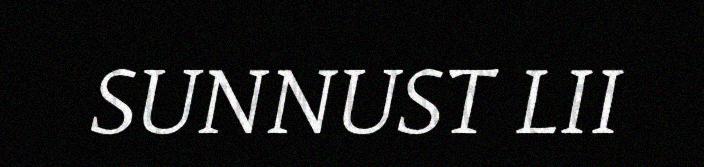
SUNNUST LII